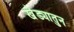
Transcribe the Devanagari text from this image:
खेड्यातुन